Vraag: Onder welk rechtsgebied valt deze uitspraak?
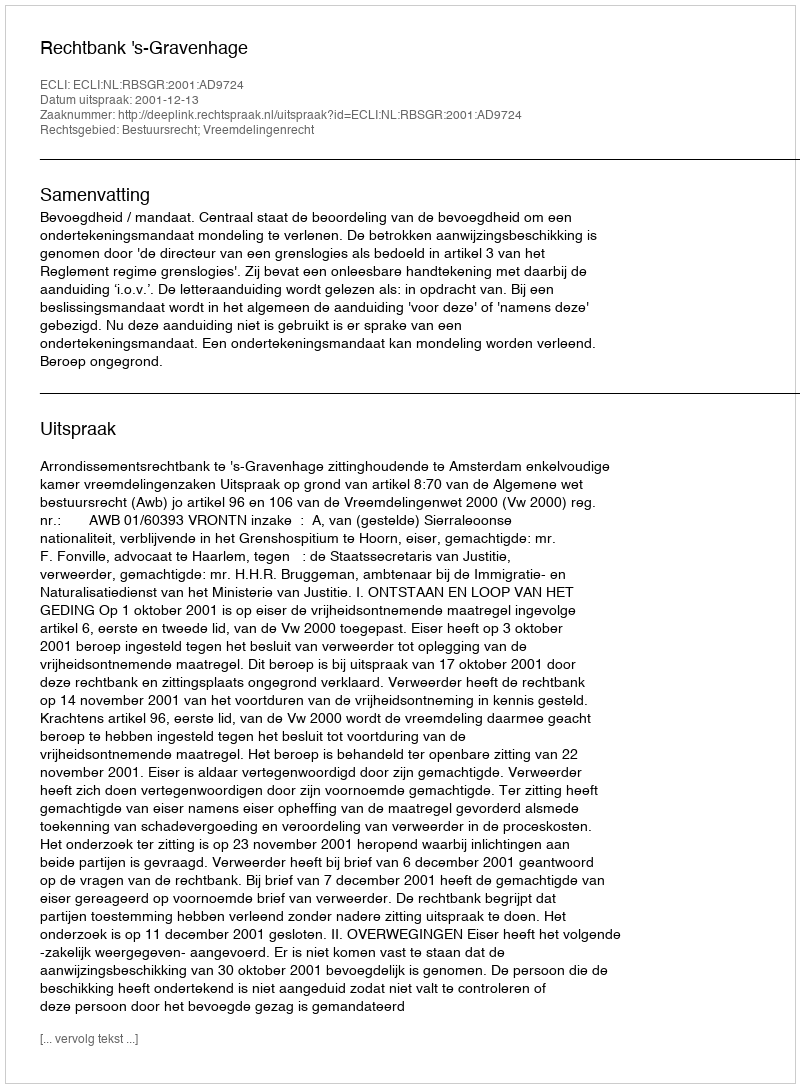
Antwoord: Bestuursrecht; Vreemdelingenrecht